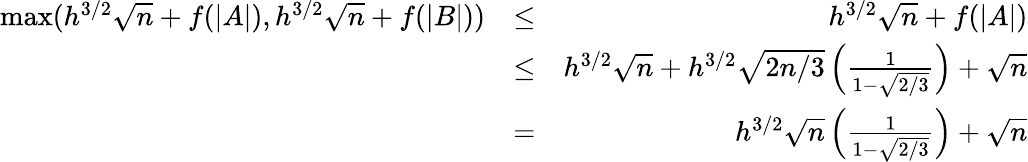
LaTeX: \begin{array}{rlr}{\operatorname*{max}(h^{3/2}\sqrt{n}+f(|A|),h^{3/2}\sqrt{n}+f(|B|))}&{\leq}&{h^{3/2}\sqrt{n}+f(|A|)}\\ &{\leq}&{h^{3/2}\sqrt{n}+h^{3/2}\sqrt{2n/3}\left(\frac{1}{1-\sqrt{2/3}}\right)+\sqrt{n}}\\ &{=}&{h^{3/2}\sqrt{n}\left(\frac{1}{1-\sqrt{2/3}}\right)+\sqrt{n}}\end{array}